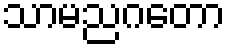
သာမညဂတော